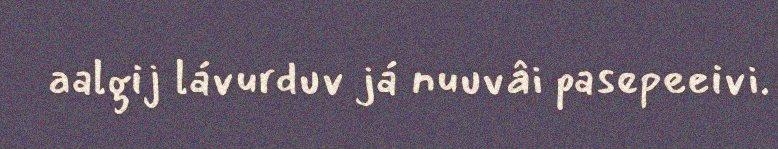
aalgij lávurduv já nuuvâi pasepeeivi.